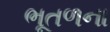
ભૂતળના